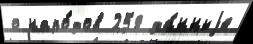
о наро́дов 258 да́нныjе